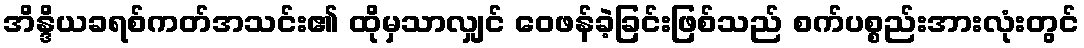
အိန္ဒိယခရစ်ကတ်အသင်း၏ ထိုမှသာလျှင် ဝေဖန်ခဲ့ခြင်းဖြစ်သည် စက်ပစ္စည်းအားလုံးတွင်